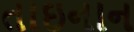
તાઇનાન